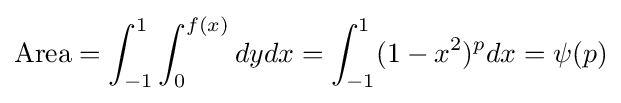
{\text{Area}}=\int _{-1}^{1}\int _{0}^{f(x)}dydx=\int _{-1}^{1}(1-x^{2})^{p}dx=\psi (p)